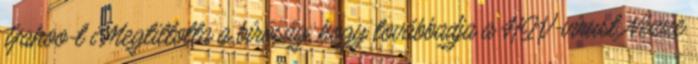
Yahoo-t Megtiltotta a bíróság, hogy továbbadja a HIV-vírust Nézze